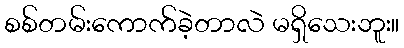
စစ်တမ်းကောက်ခဲ့တာလဲ မရှိသေးဘူး။